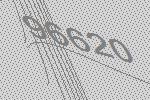
96620